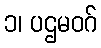
၁၊ ပဌမဝဂ်